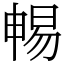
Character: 𣈱